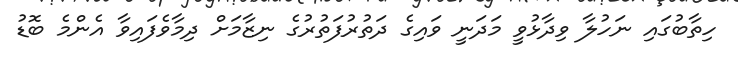
ހިތާބުގައި ނަހުލާ ވިދާޅުވީ މަދަނީ ވައިގެ ދަތުރުފަތުރުގެ ނިޒާމަށް ދިމާވެފައިވާ އެންމެ ބޮޑު